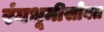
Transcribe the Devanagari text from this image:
रंगभूमीसोबत